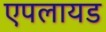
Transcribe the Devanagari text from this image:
एपलायड